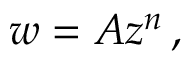
w = A z ^ { n } \, ,